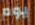
يوم